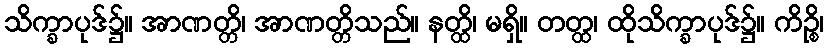
သိက္ခာပုဒ်၌။ အာဏတ္တိ၊ အာဏတ္တိသည်။ နတ္ထိ၊ မရှိ။ တတ္ထ၊ ထိုသိက္ခာပုဒ်၌။ ကိဉ္စိ၊